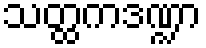
သတ္ထကဒဏ္ဍာ